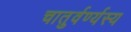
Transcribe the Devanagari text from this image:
चातुर्वर्ण्यस्य